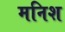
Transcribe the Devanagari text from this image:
मनिश